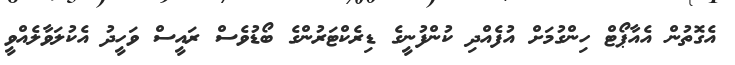
އެގޮތުން އެއާޕޯޓް ހިންގުމަށް އުފެއްދި ކުންފުނީގެ ޑިރެކްޓަރުންގެ ބޯޑުވެސް ރައީސް ވަހީދު އެކުލަވާލެއްވީ